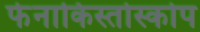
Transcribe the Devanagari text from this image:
फेनाकिस्तोस्कोप